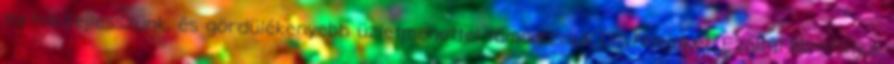
tartva fejlesszünk, és gördülékenyebb üzletmenettel támogassuk ügyfeleinket. Ezáltal biztosítjuk